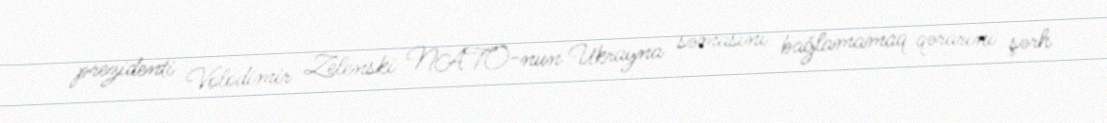
prezidenti Volodimir Zelenski NATO-nun Ukrayna səmasını bağlamamaq qərarını şərh